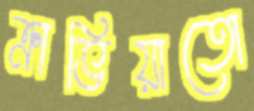
ক্রাভিয়াতো